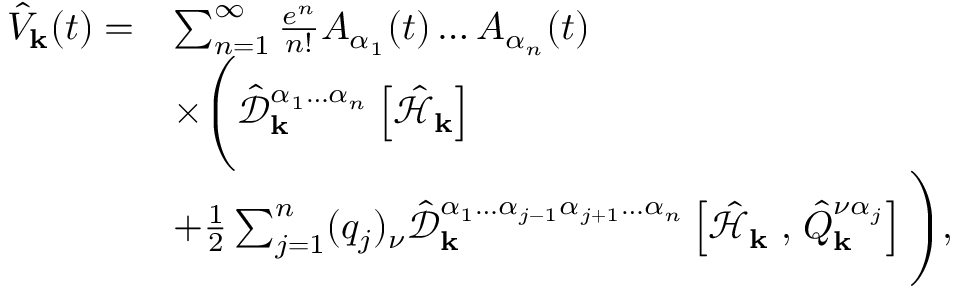
\begin{array} { r l } { \hat { V } _ { \mathbf { k } } ( t ) = } & { \sum _ { n = 1 } ^ { \infty } \frac { e ^ { n } } { n ! } A _ { \alpha _ { 1 } } ( t ) \hdots A _ { \alpha _ { n } } ( t ) } \\ & { \times \Bigg ( \hat { \mathcal { D } } _ { \mathbf { k } } ^ { \alpha _ { 1 } \hdots \alpha _ { n } } \left[ \hat { \mathcal { H } } _ { \mathbf { k } } \right] } \\ & { + \frac { 1 } { 2 } \sum _ { j = 1 } ^ { n } ( q _ { j } ) _ { \nu } \hat { \mathcal { D } } _ { \mathbf { k } } ^ { \alpha _ { 1 } \hdots \alpha _ { j - 1 } \alpha _ { j + 1 } \hdots \alpha _ { n } } \left[ \hat { \mathcal { H } } _ { \mathbf { k } } \right. , \left. \hat { Q } _ { \mathbf { k } } ^ { \nu \alpha _ { j } } \right] \Bigg ) \mathrm { , } } \end{array}